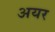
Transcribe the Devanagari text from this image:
अयर